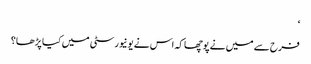
‘
فرح سے میں نے پوچھا کہ اس نے یونیورسٹی میں کیا پڑھا؟